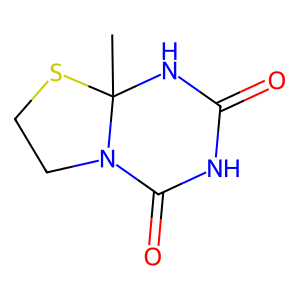
SMILES: CC12NC(=O)NC(=O)N1CCS2
Inhibits HIV replication: No